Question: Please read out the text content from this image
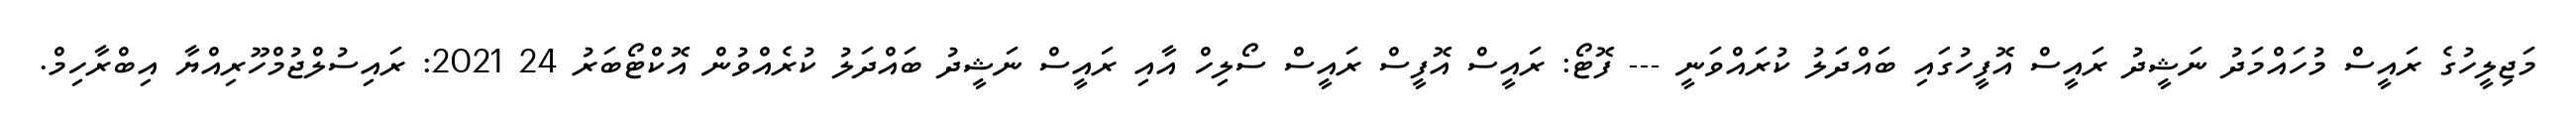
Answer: މަޖިލީހުގެ ރައީސް މުހައްމަދު ނަޝީދު ރައީސް އޮފީހުގައި ބައްދަލު ކުރައްވަނީ --- ފޮޓޯ: ރައީސް އޮފީސް ރައީސް ސޯލިހް އާއި ރައީސް ނަޝީދު ބައްދަލު ކުރެއްވުން އޮކްޓޯބަރު 24 2021: ރައިސުލްޖުމްހޫރިއްޔާ އިބްރާހިމް.